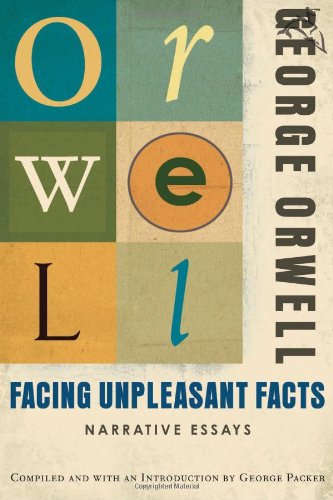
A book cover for Facing Unpleasant Facts; George Orwell; Literature & Fiction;